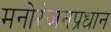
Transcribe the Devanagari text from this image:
मनोरंजनप्रधान